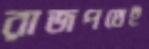
রাজপথেই